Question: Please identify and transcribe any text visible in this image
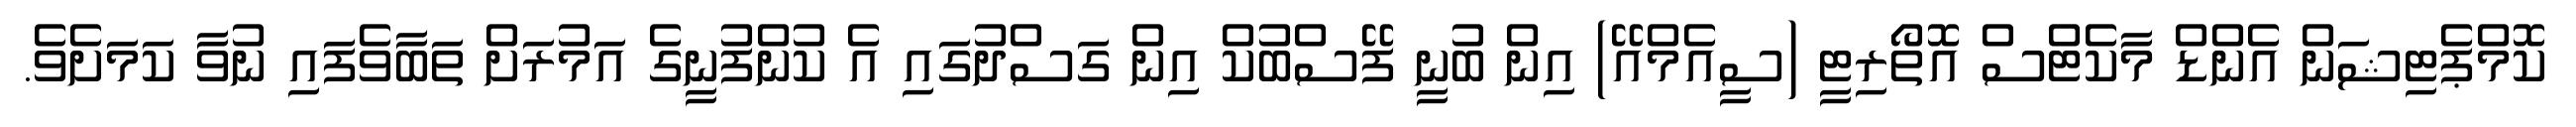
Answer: ކޮމްޕެޓިޝަން އެންޑް މާކެޓްސް އޮތޯރިޓީ (ސީއެމްއޭ) އިން ބުނީ ފޭސްބުކް އިން ގަސްދުގައި އެ ކުންފުނީގެ އަމުރަށް ތަބާވެފައި ނުވާ ކަމަށެވެ.